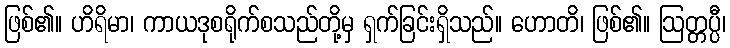
ဖြစ်၏။ ဟိရိမာ၊ ကာယဒုစရိုက်စသည်တို့မှ ရှက်ခြင်းရှိသည်။ ဟောတိ၊ ဖြစ်၏။ ဩတ္တပ္ပီ၊